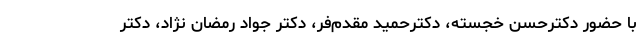
با حضور دکترحسن خجسته، دکترحمید مقدم‌فر، دکتر جواد رمضان نژاد، دکتر